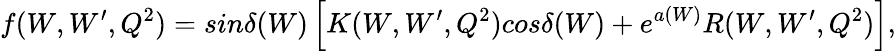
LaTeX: f(W,W^{\prime},Q^{2})=sin\delta(W)\left[K(W,W^{\prime},Q^{2})cos\delta(W)+e^{a(W)}R(W,W^{\prime},Q^{2})\right],